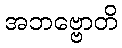
အဘဗ္ဗောတိ